Sketch of the medical history of the native army of Bombay, for the year
Year: 1876
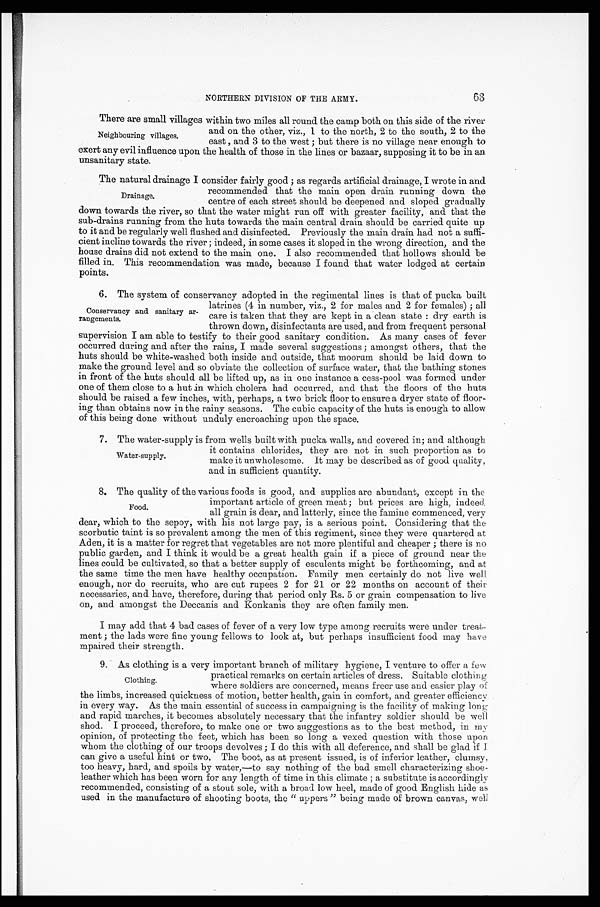
63
NORTHERN DIVISION OF THE ARMY.
There are small villages within two miles all round the camp both on this side of the river
and on the other, viz., 1 to the north, 2 to the south, 2 to the
east , and 3 to the west; but there is no village near enough to
exert any evil influence upon the health of those in the lines or bazaar, supposing it to be in an
unsanitary state.
The natural drainage I consider fairly good; as regards artificial drainage, I wrote in and
recommended that the main open drain running down the
centre of each street should be deepened and sloped gradually
down towards the river, so that the water might run off with greater facility, and that the
sub-drains running from the huts towards the main central drain should be carried quite up
to it and be regularly well flushed and disinfected. Previously the main drain had not a suffi
-cient incline towards the river; indeed, in some cases it sloped in the wrong direction, and the
house drains did not extend to the main one. I also recommended that hollows should be
filled in. This recommendation was made, because I found that water lodged at certain
points.
6. The system of conservancy adopted in the regimental lines is that of pucka built
latrines (4 in number, viz., 2 for males and 2 for females); all
care is taken that they are kept in a clean state: dry earth is
thrown down, disinfectants are used, and from frequent personal
supervision I am able to testify to their good sanitary condition. As many cases of fever
occurred during and after the rains, I made several suggestions; amongst others, that the
huts should be white-washed both inside and outside, that moorum should be laid down to
make the ground level and so obviate the collection of surface water, that the bathing stones
in front of the huts should all be lifted up, as in one instance a cess-pool was formed under
one of them close to a hut in which cholera had occurred, and that the floors of the huts
should be raised a few inches, with, perhaps, a two brick floor to ensure a dryer state of floor
- i n g t h a n o b t a i n s n o w i n t h e r a i n y s e a s o n s . T h e c u b i c c a p a c i t y o f t h e h u t s i s e n o u g h t o a l l o w
of this being done without unduly encroaching upon the space.
7. The water-supply is from wells built with pucka walls, and covered in; and although
it contains chlorides, they are not in such proportion as to
make it unwholesome. It may be described as of good quality,
and in sufficient quantity.
8. The quality of the various foods is good, and supplies are abundant, except in the
important article of green meat; but prices are high, indeed
all grain is dear, and latterly, since the famine commenced, very
dear, which to the sepoy, with his not large pay, is a serious point. Considering that the
scorbutic taint is so prevalent among the men of this regiment, since they were quartered at
Aden, it is a matter for regret that vegetables are not more plentiful and cheaper; there is no
public garden, and I think it would be a great health gain if a piece of ground near the
lines could be cultivated, so that a better supply of esculents might be forthcoming, and at
the same time the men have healthy occupation. Family men certainly do not live well
enough, nor do recruits, who are cut rupees 2 for 21 or 22 months on account of their
necessaries, and have, therefore, during that period only Rs. 5 or grain compensation to live
on, and amongst the Deccanis and Konkanis they are often family men.
I may add that 4 bad cases of fever of a very low type among recruits were under treat
-ment; the lads were fine young fellows to look at, but perhaps insufficient food may have
mpaired their strength.
9. As clothing is a very important branch of military hygiene, I venture to offer a few
practical remarks on certain articles of dress. Suitable clothing
where soldiers are concerned, means freer use and easier play of
the limbs, increased quickness of motion, better health, gain in comfort, and greater efficiency
in every way. As the main essential of success in campaigning is the facility of making long
and rapid marches, it becomes absolutely necessary that the infantry soldier should be well
shod. I proceed, therefore, to make one or two suggestions as to the best method, in my
opinion, of protecting the feet, which has been so long a vexed question with those upon
whom the clothing of our troops devolves; I do this with all deference, and shall be glad if I
can give a useful hint or two. The boot, as at present issued, is of inferior leather, clumsy,
too heavy, hard, and spoils by water,—to say nothing of the bad smell characterizing shoe-
leather which has been worn for any length of time in this climate; a substitute is accordingly
recommended, consisting of a stout sole, with a broad low heel, made of good English hide as
used in the manufacture of shooting boots, the "uppers" being made of brown canvas, well
Neighbouring villages.
Drainage.
Conservancy and sanitary ar
-rangements.
W a t e r - s u p p l y .
Food.
Clothing.